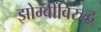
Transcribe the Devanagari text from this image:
झोम्बींविरुद्ध